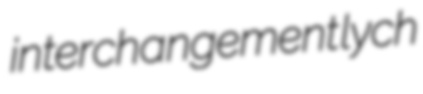
interchangement lych